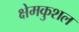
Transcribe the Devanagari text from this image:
क्षेमकुशल